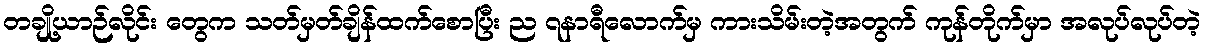
တချို့ယာဉ်လိုင်း တွေက သတ်မှတ်ချိန်ထက်စောပြီး ည ၇နာရီလောက်မှ ကားသိမ်းတဲ့အတွက် ကုန်တိုက်မှာ အလုပ်လုပ်တဲ့